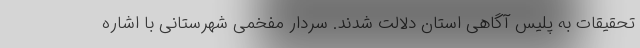
تحقیقات به پلیس آگاهی استان دلالت شدند. سردار مفخمی شهرستانی با اشاره